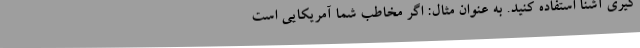
گیری آشنا استفاده کنید. به عنوان مثال: اگر مخاطب شما آمریکایی است